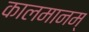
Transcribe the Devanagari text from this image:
कालमानम्